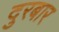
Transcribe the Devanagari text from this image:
दुरबार